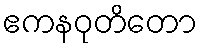
ဧကနဝုတိတော